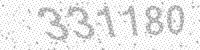
Solution: 331180